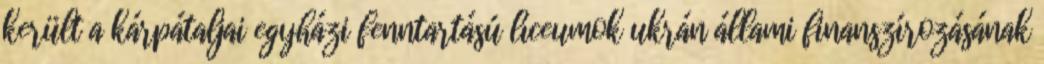
került a kárpátaljai egyházi fenntartású líceumok ukrán állami finanszírozásának